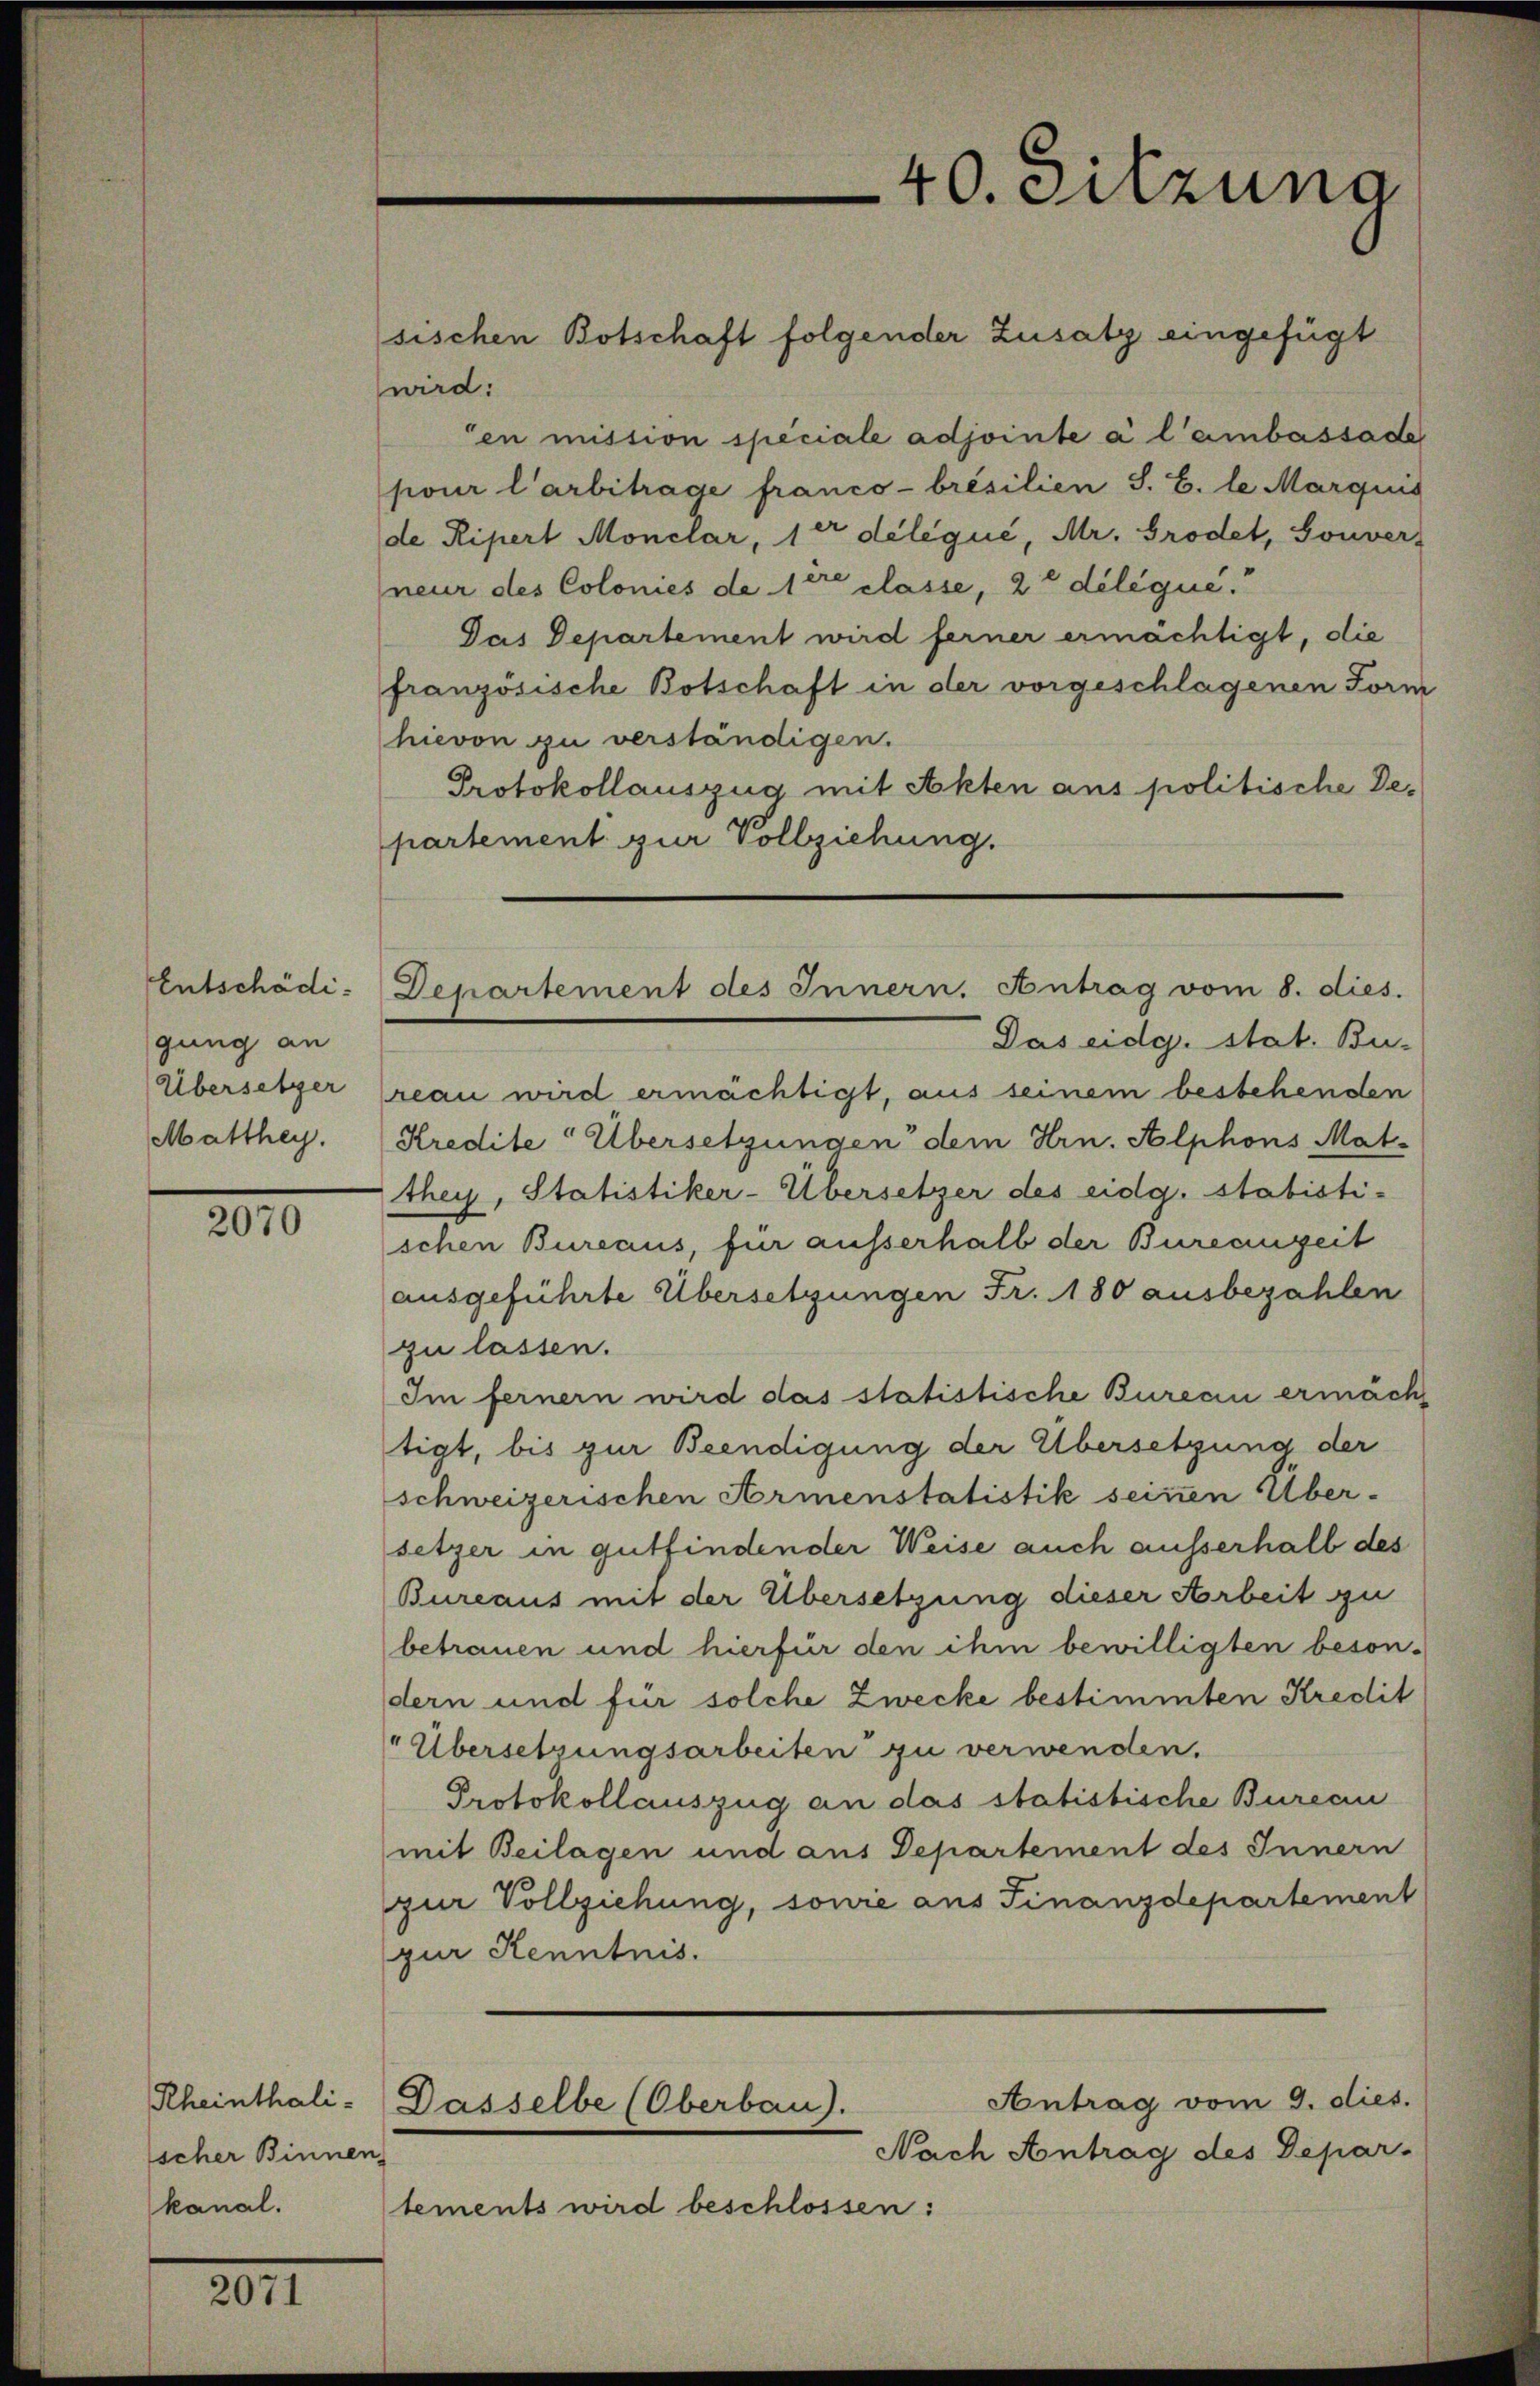
Entschädigung an
Übersetzer
Matthey.

2070

Rheinthalischer Binnen
kanal.

2071

wird:
en mission speciale adjointe à l’ambassade
pour l’arbitrage franco-brésilien S. B. le Marquis
de Ripert Monelar, 1er délégué, Mr. Grodet, Souver-
neur des Colonies de ce classe, 2t délégue.
Das Departement wird ferner ermächtigt, die
französische Botschaft in der vorgeschlagenen Form
hievon zu verständigen.
Protokollauszug mit Akten aus politische Departement zur Vollziehung.

40. Sitzung

sischen Botschaft folgender Zusatz eingefügt

Departement des Innern. Antrag vom 8. dies.

Das eidg. stat. Bu-
reau wird ermächtigt, aus seinem bestehenden
Kredite Übersetzungen dem Hrn. Alphons Matthey, Statistiker-Übersetzer des eidg. stabisti-
schen Bureaus, für ausserhalb der Bureauzeit
ausgeführte Übersetzungen Fr. 180 ausbezahlen
zu lassen.
Im fernern wird das statistische Bureau ermächt
tigt, bis zur Beendigung der Übersetzung der
schweizerischen Armenstatistik seinen Über-
setzer in gutfindender Weise auch ausserhalb des
Bureaus mit der Übersetzung dieser Arbeit zu
betrauen und hierfür den ihm bewilligten beson-
dern und für solche Zwecke bestimmten Kredit
"Übersetzungsarbeiten zu verwenden.
Protokollauszug an das statistische Bureau
mit Beilagen und aus Departement des Innern
zur Vollziehung, sowie aus Finanzdepartement
pur Kenntnis.
Antrag vom 9. dies.
Dasselbe (Oberbau).
Nach Antrag des Depar-
tements wird beschlossen: